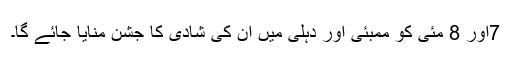
7اور 8 مئی کو ممبئی اور دہلی میں ان کی شادی کا جشن منایا جائے گا۔